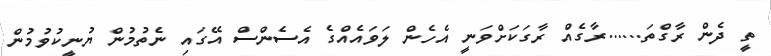
ތީ ދެން ރާގްތަ......ރާގެއް ރާގަކަށްވަނީ އެހެން ލަވައެއްގެ އެސެންސް އޭގައި ނެތުމުން ޔުނީކުވުމުން